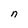
Character: n